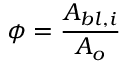
\phi = \frac { A _ { b l , i } } { A _ { o } }